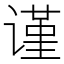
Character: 谨